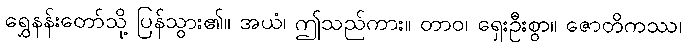
ရွှေနန်းတော်သို့ ပြန်သွား၏။ အယံ၊ ဤသည်ကား။ တာဝ၊ ရှေးဦးစွာ။ ဇောတိကဿ၊